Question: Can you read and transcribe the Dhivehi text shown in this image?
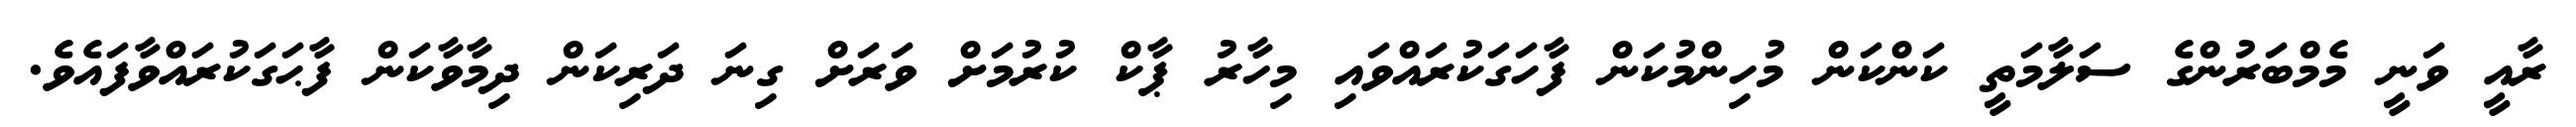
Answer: ރާއީ ވަނީ މެމްބަރުންގެ ސަލާމަތީ ކަންކަން މުހިންމުކަން ފާހަގަކުރައްވައި މިހާރު ޕާކް ކުރުމަށް ވަރަށް ގިނަ ދަރިކަން ދިމާވާކަން ފާޙަގަކުރައްވާފައެވެ.